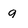
Character: q